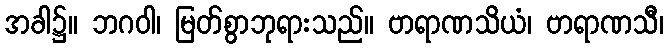
အခါ၌။ ဘဂဝါ၊ မြတ်စွာဘုရားသည်။ ဗာရာဏသိယံ၊ ဗာရာဏသီ၊